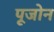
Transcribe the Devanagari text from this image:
पूजोन